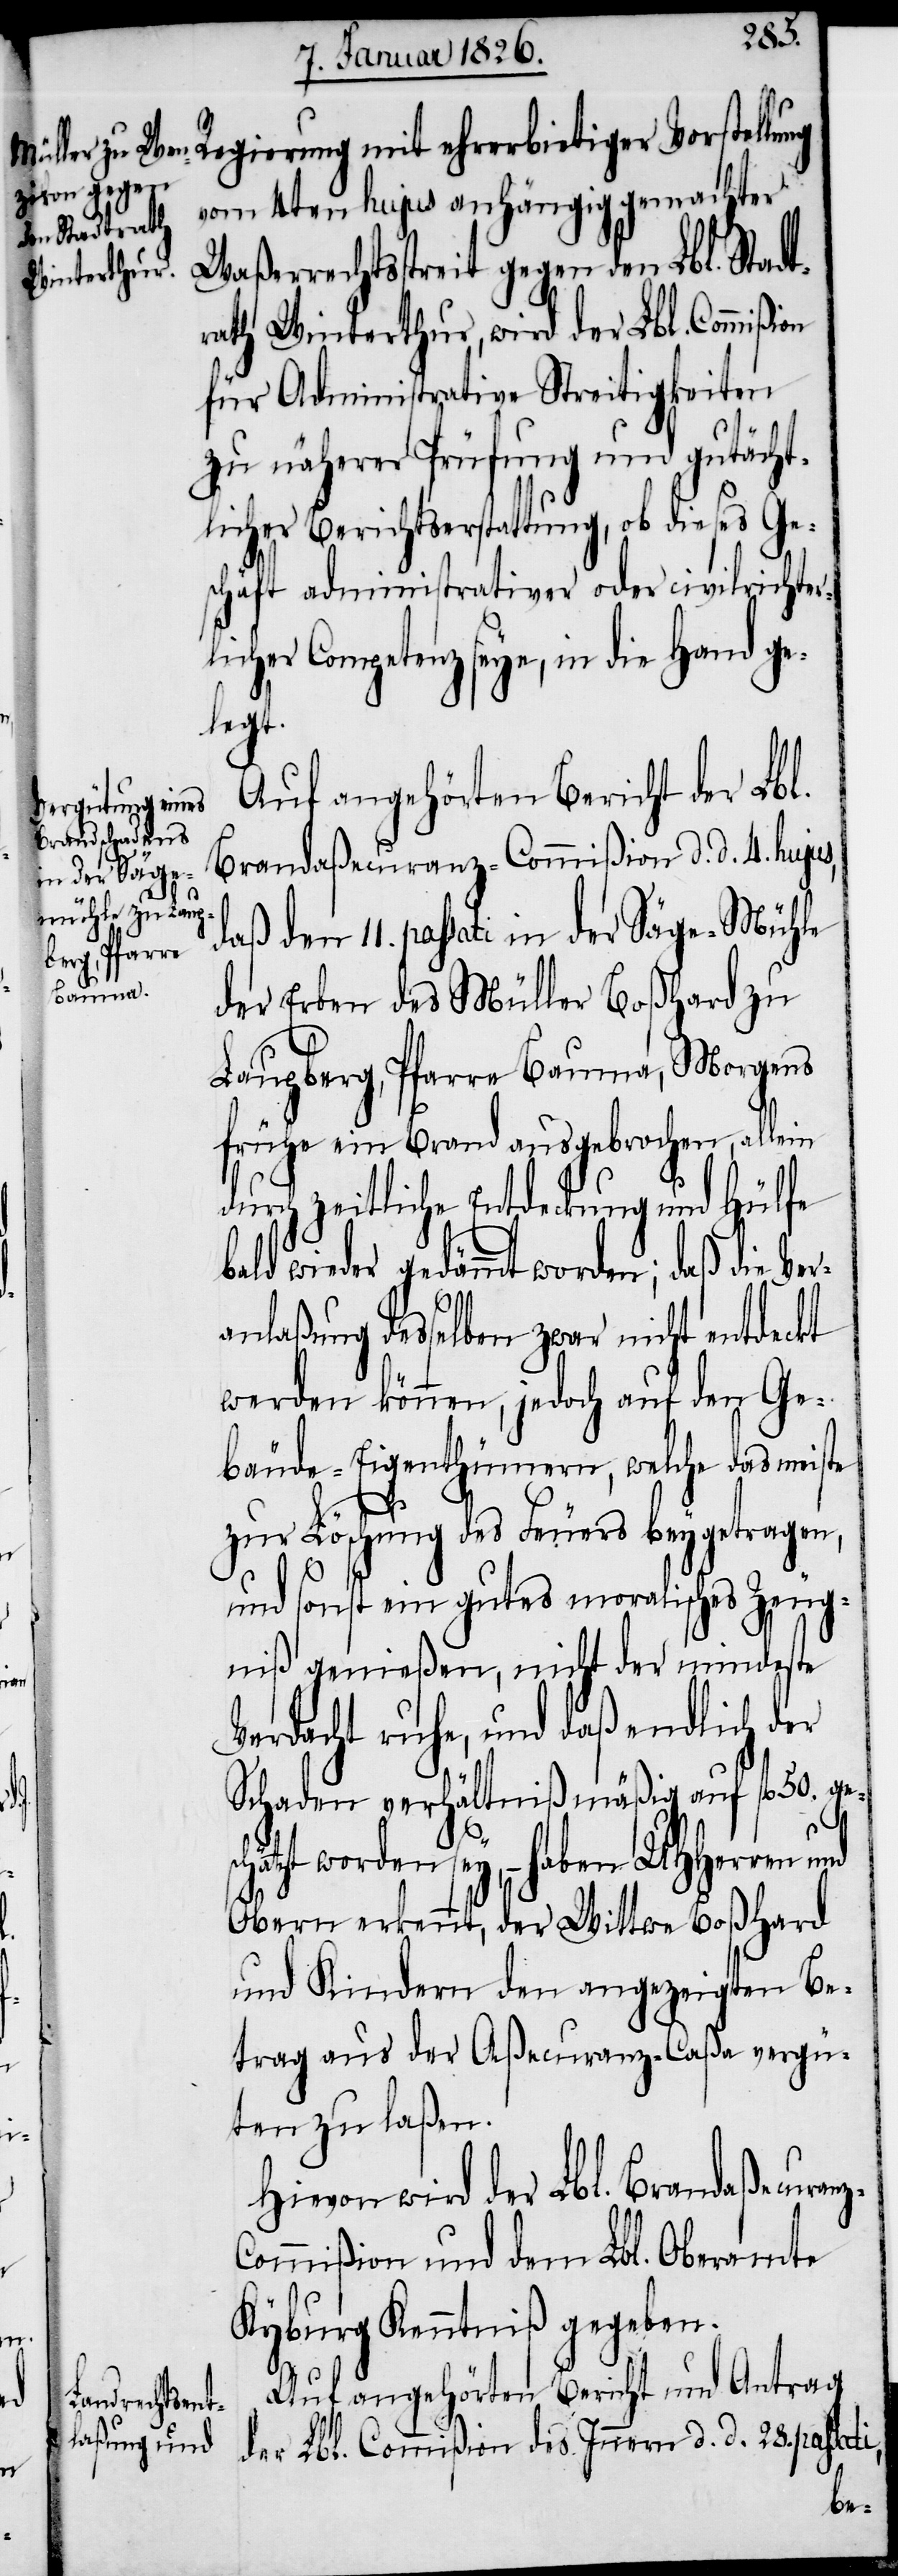
i,

z-C¬
Regierung mit ehrerbietiger Vorstellu¬
vom 4ten hujus anhängig gemachter
Waßerrechtsstreit gegen den Lbl. Stadt¬
rath Winterthur, wird der Lbl. Commißi¬
für Administrative Streitigkeiten
zu näherer Prüfung und gutächt¬
licher Berichtserstattung, ob dieses Ge¬
schäft administrativer oder civilrichter¬
licher Competenz seye, in die Hand ge¬
legt.
Auf angehörten Bericht der Lbl.
Brandaßecuranz-Commißion d. d. 4. hujus,
daß den 11. passati in der Säge-Mühle
der Erben des Müller Boßhard zu
Laupberg, Pfarre Bauma, Morgens
frühe ein Brand ausgebrochen, allein
durch zeitliche Entdeckung und Hülfe
bald wieder gedämmt worden; daß die Ver¬
anlaßung desselben zwar nicht entdeckt
werden können, jedoch auf den Ge¬
bäude-Eigenthümern, welche das meiste
zur Löschung des Feuers beygetragen,
und sonst ein gutes moralisches Zeug¬
niß genießen, nicht der mindeste
Verdacht ruhe, und daß endlich der
Schaden verhältnißmäßig auf fl. 50. ges¬
hätzt worden sey, – haben UHHerren
Obern erkennt, der Wittwe Boßhard
und Kindern den angezeigten Be¬
trag aus der Aßecuranz-Caßa vergü¬
ten zu laßen.
Hievon wird der Lbl. Brandaßecuran¬
ommißion und dem Lbl. Oberamte
Kyburg Kenntniß gegeben.
Auf angehörten Bericht und Antrag
der Lbl. Commißion des Innern d. d. 28. passat¬